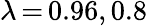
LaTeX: \lambda\, {=}\, 0.96,0.8